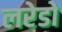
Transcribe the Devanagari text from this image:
लरेडो